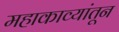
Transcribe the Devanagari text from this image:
महाकाव्यांतून